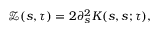
\mathcal { Z } ( s , \tau ) = 2 \partial _ { s } ^ { 2 } K ( s , s ; \tau ) ,